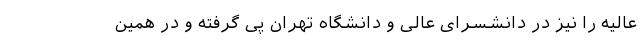
عالیه را نیز در دانشسرای عالی و دانشگاه تهران پی گرفته و در همین